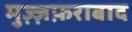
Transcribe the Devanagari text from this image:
मुज़्ज़फ़राबाद